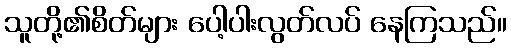
သူတို့၏စိတ်များ ပေါ့ပါးလွတ်လပ် နေကြသည်။